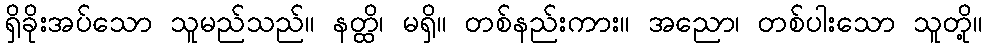
ရှိခိုးအပ်သော သူမည်သည်။ နတ္ထိ၊ မရှိ။ တစ်နည်းကား။ အညော၊ တစ်ပါးသော သူတို့။